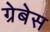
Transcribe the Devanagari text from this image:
ग्रेबेस